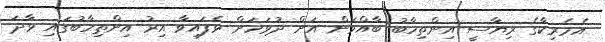
އެމެރިކާގެ ރިޔާސީ އިންތިހާބު ބާއްވަން އަށް ދުވަހަށް ވެފައިވާ އިރު އިންތިހާބުގައި ވާދަ